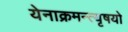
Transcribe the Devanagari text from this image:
येनाक्रमन्त्यृषयो